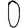
Digit: 0